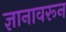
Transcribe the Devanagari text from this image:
ज्ञानावरून